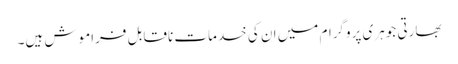
بھارتی جوہری پروگرام میں ان کی خدمات ناقابل فراموش ہیں۔